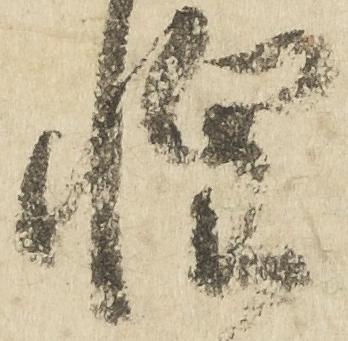
惶